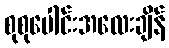
စုစုပေါင်းအလေးချိန်